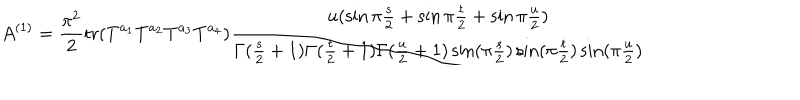
LaTeX: A ^ { ( 1 ) } = { \frac { \pi ^ { 2 } } { 2 } } \mathrm { t r } ( T ^ { a _ { 1 } } T ^ { a _ { 2 } } T ^ { a _ { 3 } } T ^ { a _ { 4 } } ) { \frac { u ( \sin \pi { \frac { s } { 2 } } + \sin \pi { \frac { t } { 2 } } + \sin \pi { \frac { u } { 2 } } ) } { \Gamma ( { \frac { s } { 2 } } + 1 ) \Gamma ( { \frac { t } { 2 } } + 1 ) \Gamma ( { \frac { u } { 2 } } + 1 ) \sin ( \pi { \frac { s } { 2 } } ) \sin ( \pi { \frac { t } { 2 } } ) \sin ( \pi { \frac { u } { 2 } } ) } }